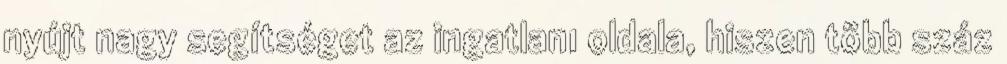
nyújt nagy segítséget az ingatlan1 oldala, hiszen több száz